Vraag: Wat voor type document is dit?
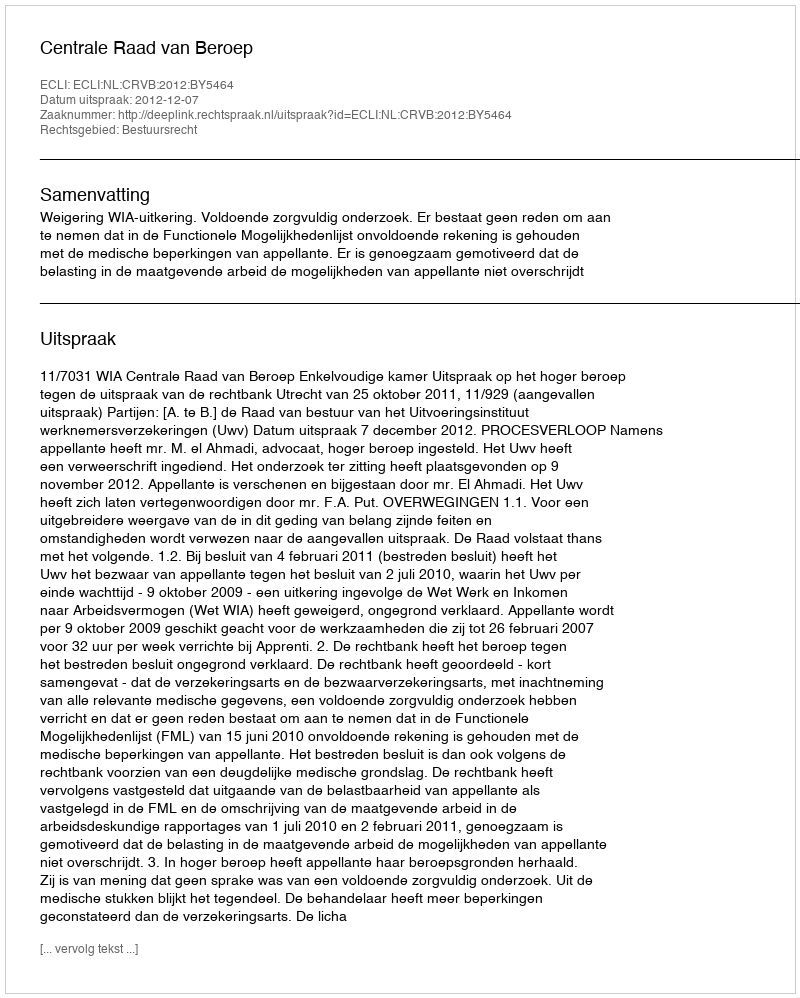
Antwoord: Uitspraak